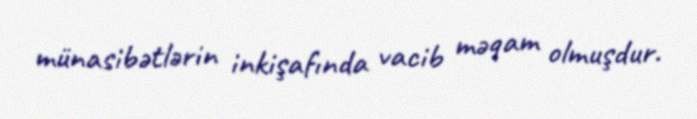
münasibətlərin inkişafında vacib məqam olmuşdur.